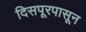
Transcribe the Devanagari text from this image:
दिसपूरपासून